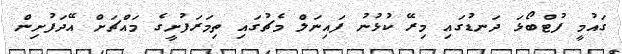
ގައުމީ ފުޓްބޯޅަ ދަނޑުގައި މިރޭ ކުޅުނު ފައިނަލް މެޗުގައި ތިމަރަފުށީގެ މައްޗަށް އޭދަފުށިން